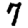
Digit: 7